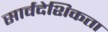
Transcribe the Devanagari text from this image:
सार्वदेशिकता